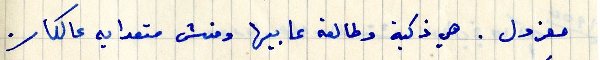
معزول. هي ذكية وطلعة عا بيها ومنش متعدايه عالكار.